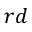
r d